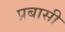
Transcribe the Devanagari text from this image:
प्रबासी